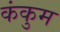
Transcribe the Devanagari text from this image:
कंकुम